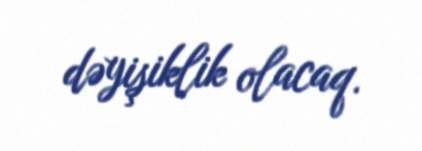
dəyişiklik olacaq.